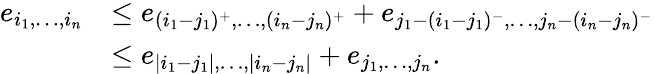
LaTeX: \begin{array}{rl}{e_{i_{1},\dots,i_{n}}}&{\leq e_{(i_{1}-j_{1})^{+},\dots,(i_{n}-j_{n})^{+}}+e_{j_{1}-(i_{1}-j_{1})^{-},\dots,j_{n}-(i_{n}-j_{n})^{-}}}\\ &{\leq e_{|i_{1}-j_{1}|,\dots,|i_{n}-j_{n}|}+e_{j_{1},\dots,j_{n}}.}\end{array}